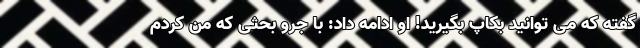
گفته که می توانید بکاپ بگیرید! او ادامه داد: با جرو بحثی که من کردم